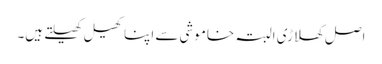
اصل کھلاڑی البتہ خاموشی سے اپنا کھیل کھیلتے ہیں۔